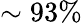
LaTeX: \sim 93\%